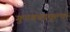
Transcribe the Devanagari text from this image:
गुणवत्तामूल्क